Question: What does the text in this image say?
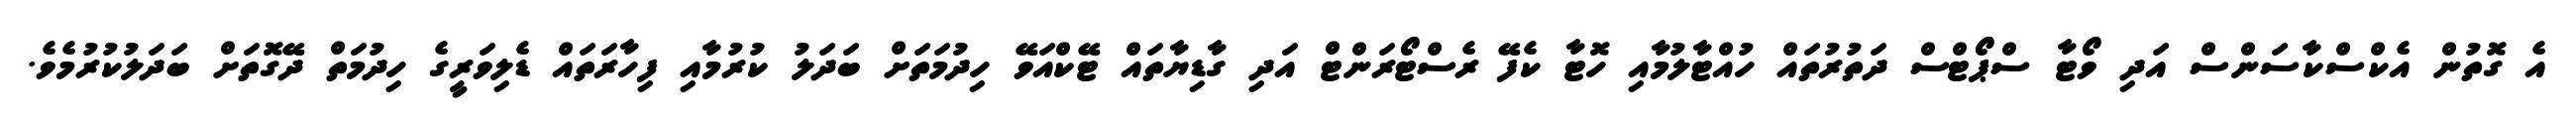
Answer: އެ ގޮތުން އެކްސްކާސަންސް އަދި ވޯޓާ ސްޕޯޓްސް ދަތުރުތައް ހުއްޓާލުމާއި ހޮޓާ ކެފޭ ރެސްޓޯރަންޓް އަދި ގާޑިޔާތައް ޓޭކްއަވޭ ހިދުމަތަށް ބަދަލު ކުރުމާއި ފިހާރަތައް ޑެލިވަރީގެ ހިދުމަތް ދޭގޮތަށް ބަދަލުކުރުމެވެ.